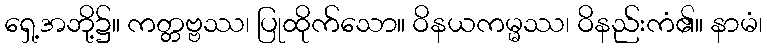
ရှေ့အဘို့၌။ ကတ္တဗ္ဗဿ၊ ပြုထိုက်သော။ ဝိနယကမ္မဿ၊ ဝိနည်းကံ၏။ နာမံ၊